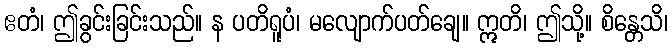
ဧတံ၊ ဤခွင်းခြင်းသည်။ န ပတိရူပံ၊ မလျောက်ပတ်ချေ။ ဣတိ၊ ဤသို့။ စိန္တေသိ၊